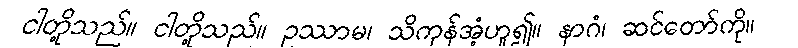
ငါတို့သည်။ ငါတို့သည်။ ဥဿာမ၊ သိကုန်အံ့ဟူ၍။ နာဂံ၊ ဆင်တော်ကို။